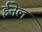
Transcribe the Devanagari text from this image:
ईनेल